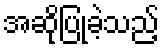
အဆိုပြုခဲ့သည့်